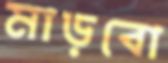
মাড়বো